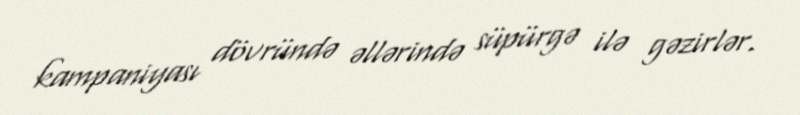
kampaniyası dövründə əllərində süpürgə ilə gəzirlər.